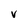
Character: V